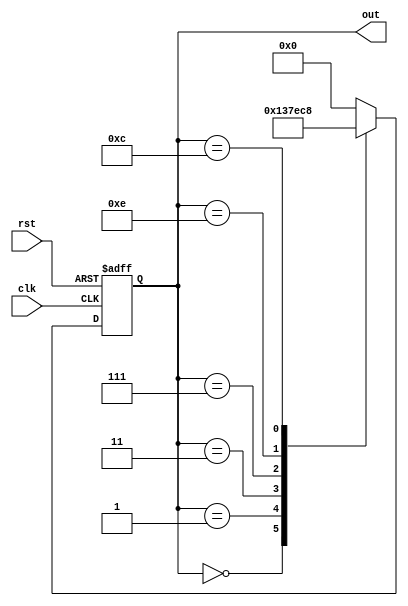
module johnson_counter(
    input wire clk,
    input wire rst,
    output reg [3:0] out
);

reg [3:0] state;

always @ (posedge clk or posedge rst) begin
    if (rst) begin
        state <= 4'b0000;
    end else begin
        case(state)
            4'b0000: state <= 4'b0001;
            4'b0001: state <= 4'b0011;
            4'b0011: state <= 4'b0111;
            4'b0111: state <= 4'b1110;
            4'b1110: state <= 4'b1100;
            4'b1100: state <= 4'b1000;
            4'b1000: state <= 4'b0000;
            default: state <= 4'b0000;
        endcase
    end
end

assign out = state;

endmodule